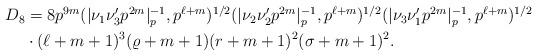
LaTeX: \begin{align*}\begin{aligned} D_8 &= 8 p^{9m} (|\nu_1\nu_3'p^{2m}|_p^{-1},p^{\ell+m})^{1/2} (|\nu_2\nu_2'p^{2m}|_p^{-1},p^{\ell+m})^{1/2} (|\nu_3\nu_1' p^{2m}|_p^{-1},p^{\ell+m})^{1/2} \\& \cdot (\ell+m+1)^3 (\varrho+m+1)(r+m+1)^2(\sigma+m+1)^2.\end{aligned} \end{align*}